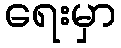
ရေးမှာ